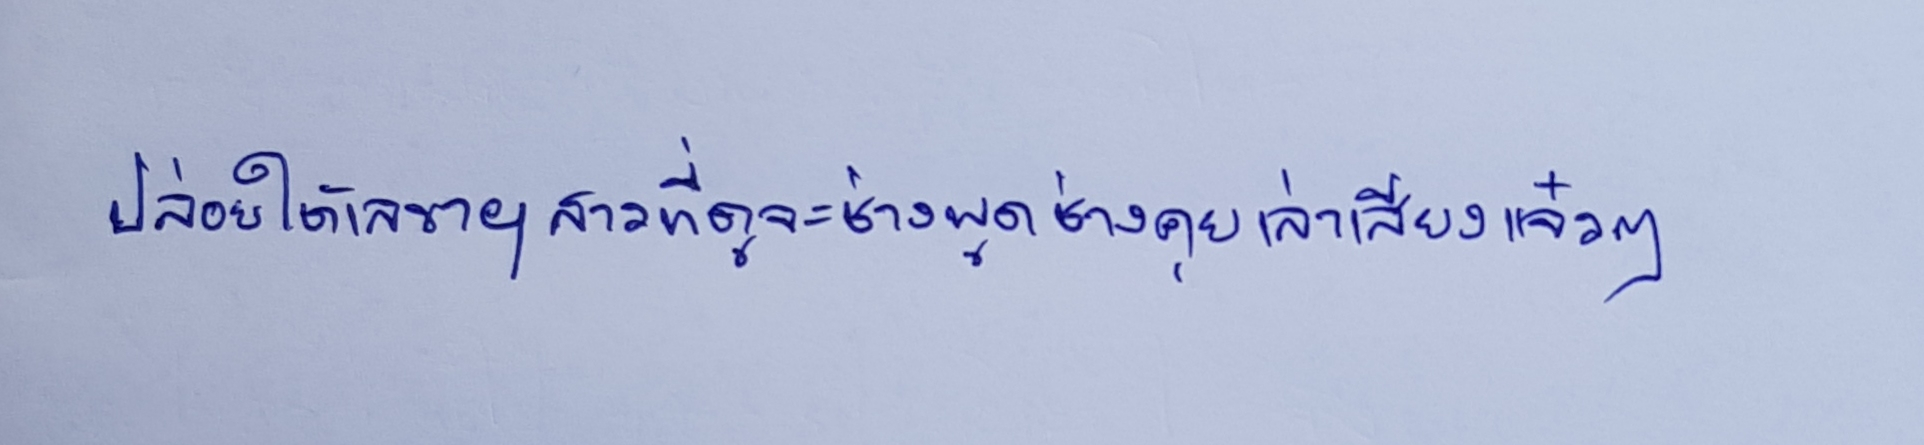
ปล่อยให้เลขาฯสาวที่ดูจะช่างพูดช่างคุยเล่าเสียงแจ๋วๆ